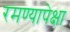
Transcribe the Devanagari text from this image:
रमण्यापेक्षा